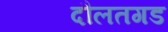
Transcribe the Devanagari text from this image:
दौलतगड